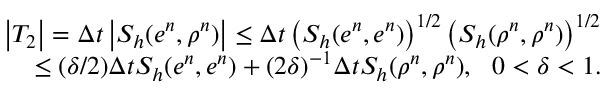
\begin{array} { r } { \left\vert T _ { 2 } \right\vert = \Delta t \left\vert S _ { h } ( e ^ { n } , \rho ^ { n } ) \right\vert \leq \Delta t \left( S _ { h } ( e ^ { n } , e ^ { n } ) \right) ^ { 1 / 2 } \left( S _ { h } ( \rho ^ { n } , \rho ^ { n } ) \right) ^ { 1 / 2 } } \\ { \leq ( \delta / 2 ) \Delta t S _ { h } ( e ^ { n } , e ^ { n } ) + ( 2 \delta ) ^ { - 1 } \Delta t S _ { h } ( \rho ^ { n } , \rho ^ { n } ) , \ \ 0 < \delta < 1 . } \end{array}